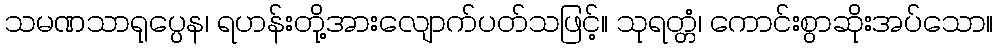
သမဏသာရုပ္ပေန၊ ရဟန်းတို့အားလျောက်ပတ်သဖြင့်။ သုရတ္တံ၊ ကောင်းစွာဆိုးအပ်သော။